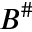
B ^ { \# }